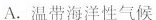
A.温带海洋性气候